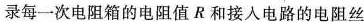
录每一次电阻箱的电阻值R和接入电路的电阻丝